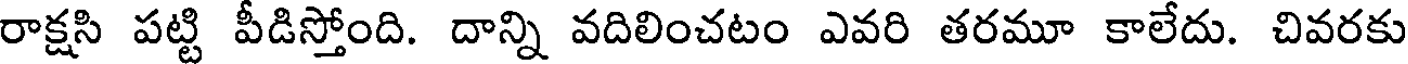
రాక్షసి పట్టి పీడిస్తోంది. దాన్ని వదిలించటం ఎవరి తరమూ కాలేదు. చివరకు